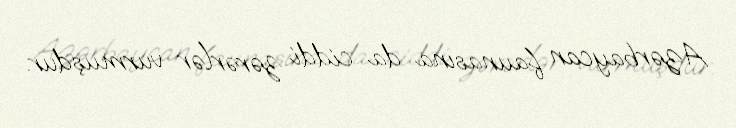
Azərbaycan faunasına da ciddi zərərlər vurmuşdur.